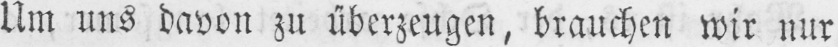
Um uns davon zu überzeugen, brauchen wir nur